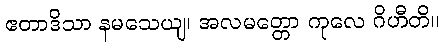
ဧတာဒိသာ နမသေယျ၊ အလမတ္တော ကုလေ ဂိဟီတိ။